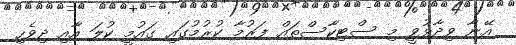
އޭނާ ވިދާޅުވީ މި ސްޓިކާސްތައް ފަރުމާ ކުރުމުގައި ގައުމީ ކުލަ އާއި ދިވެހި